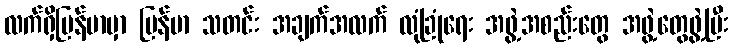
လက်ရှိမြန်မာမှာ မြန်မာ သတင်း အချက်အလက် လုံခြုံရေး အဖွဲ့အစည်းတွေ အဖွဲ့တွေဖွဲ့ပြီး